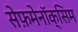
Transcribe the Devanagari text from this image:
सेफ़मेनॉक्सिम